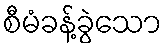
စီမံခန့်ခွဲသော